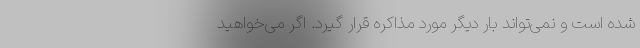
شده است و نمی‌تواند بار دیگر مورد مذاکره قرار گیرد. اگر می‌خواهید